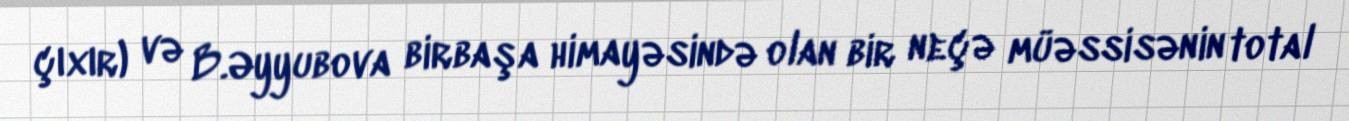
çıxır) və B.Əyyubova birbaşa himayəsində olan bir neçə müəssisənin total